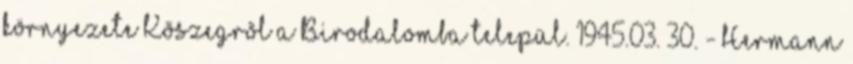
környezete Kõszegrõl a Birodalomba települ. 1945.03. 30. - Hermann